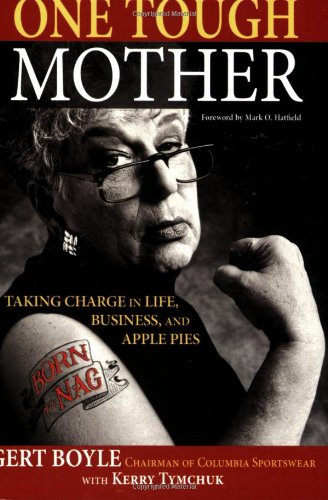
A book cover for One Tough Mother: Taking Charge in Life, Business, and Apple Pies; Gert Boyle; Business & Money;